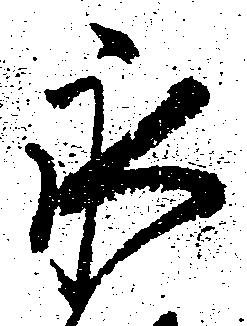
永